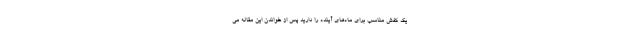
یک کفش مناسب برای ماه‌های آینده را دارید پس از خواندن این مقاله می